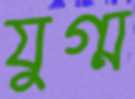
যুগ্ম